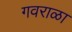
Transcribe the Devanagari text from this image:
गवराळा